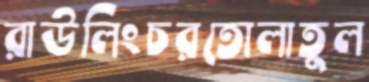
রাউলিংচরতোলাতুল